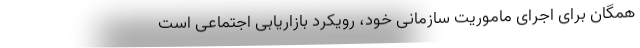
همگان برای اجرای ماموریت سازمانی خود، رویکرد بازاریابی اجتماعی است